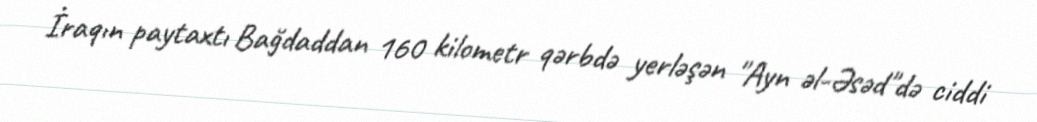
İraqın paytaxtı Bağdaddan 160 kilometr qərbdə yerləşən "Ayn əl-Əsəd"də ciddi